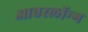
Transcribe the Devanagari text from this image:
आवरलॉन्ग